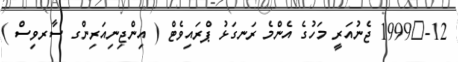
12-	1999 ޖެނުއަރީ މަހުގެ އެންމެ ރަނގަޅު ޕްރައިވެޓް ( އިންޖިނިއަރިންގ ސާރވިސް )